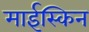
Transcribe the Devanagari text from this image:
माईस्किन